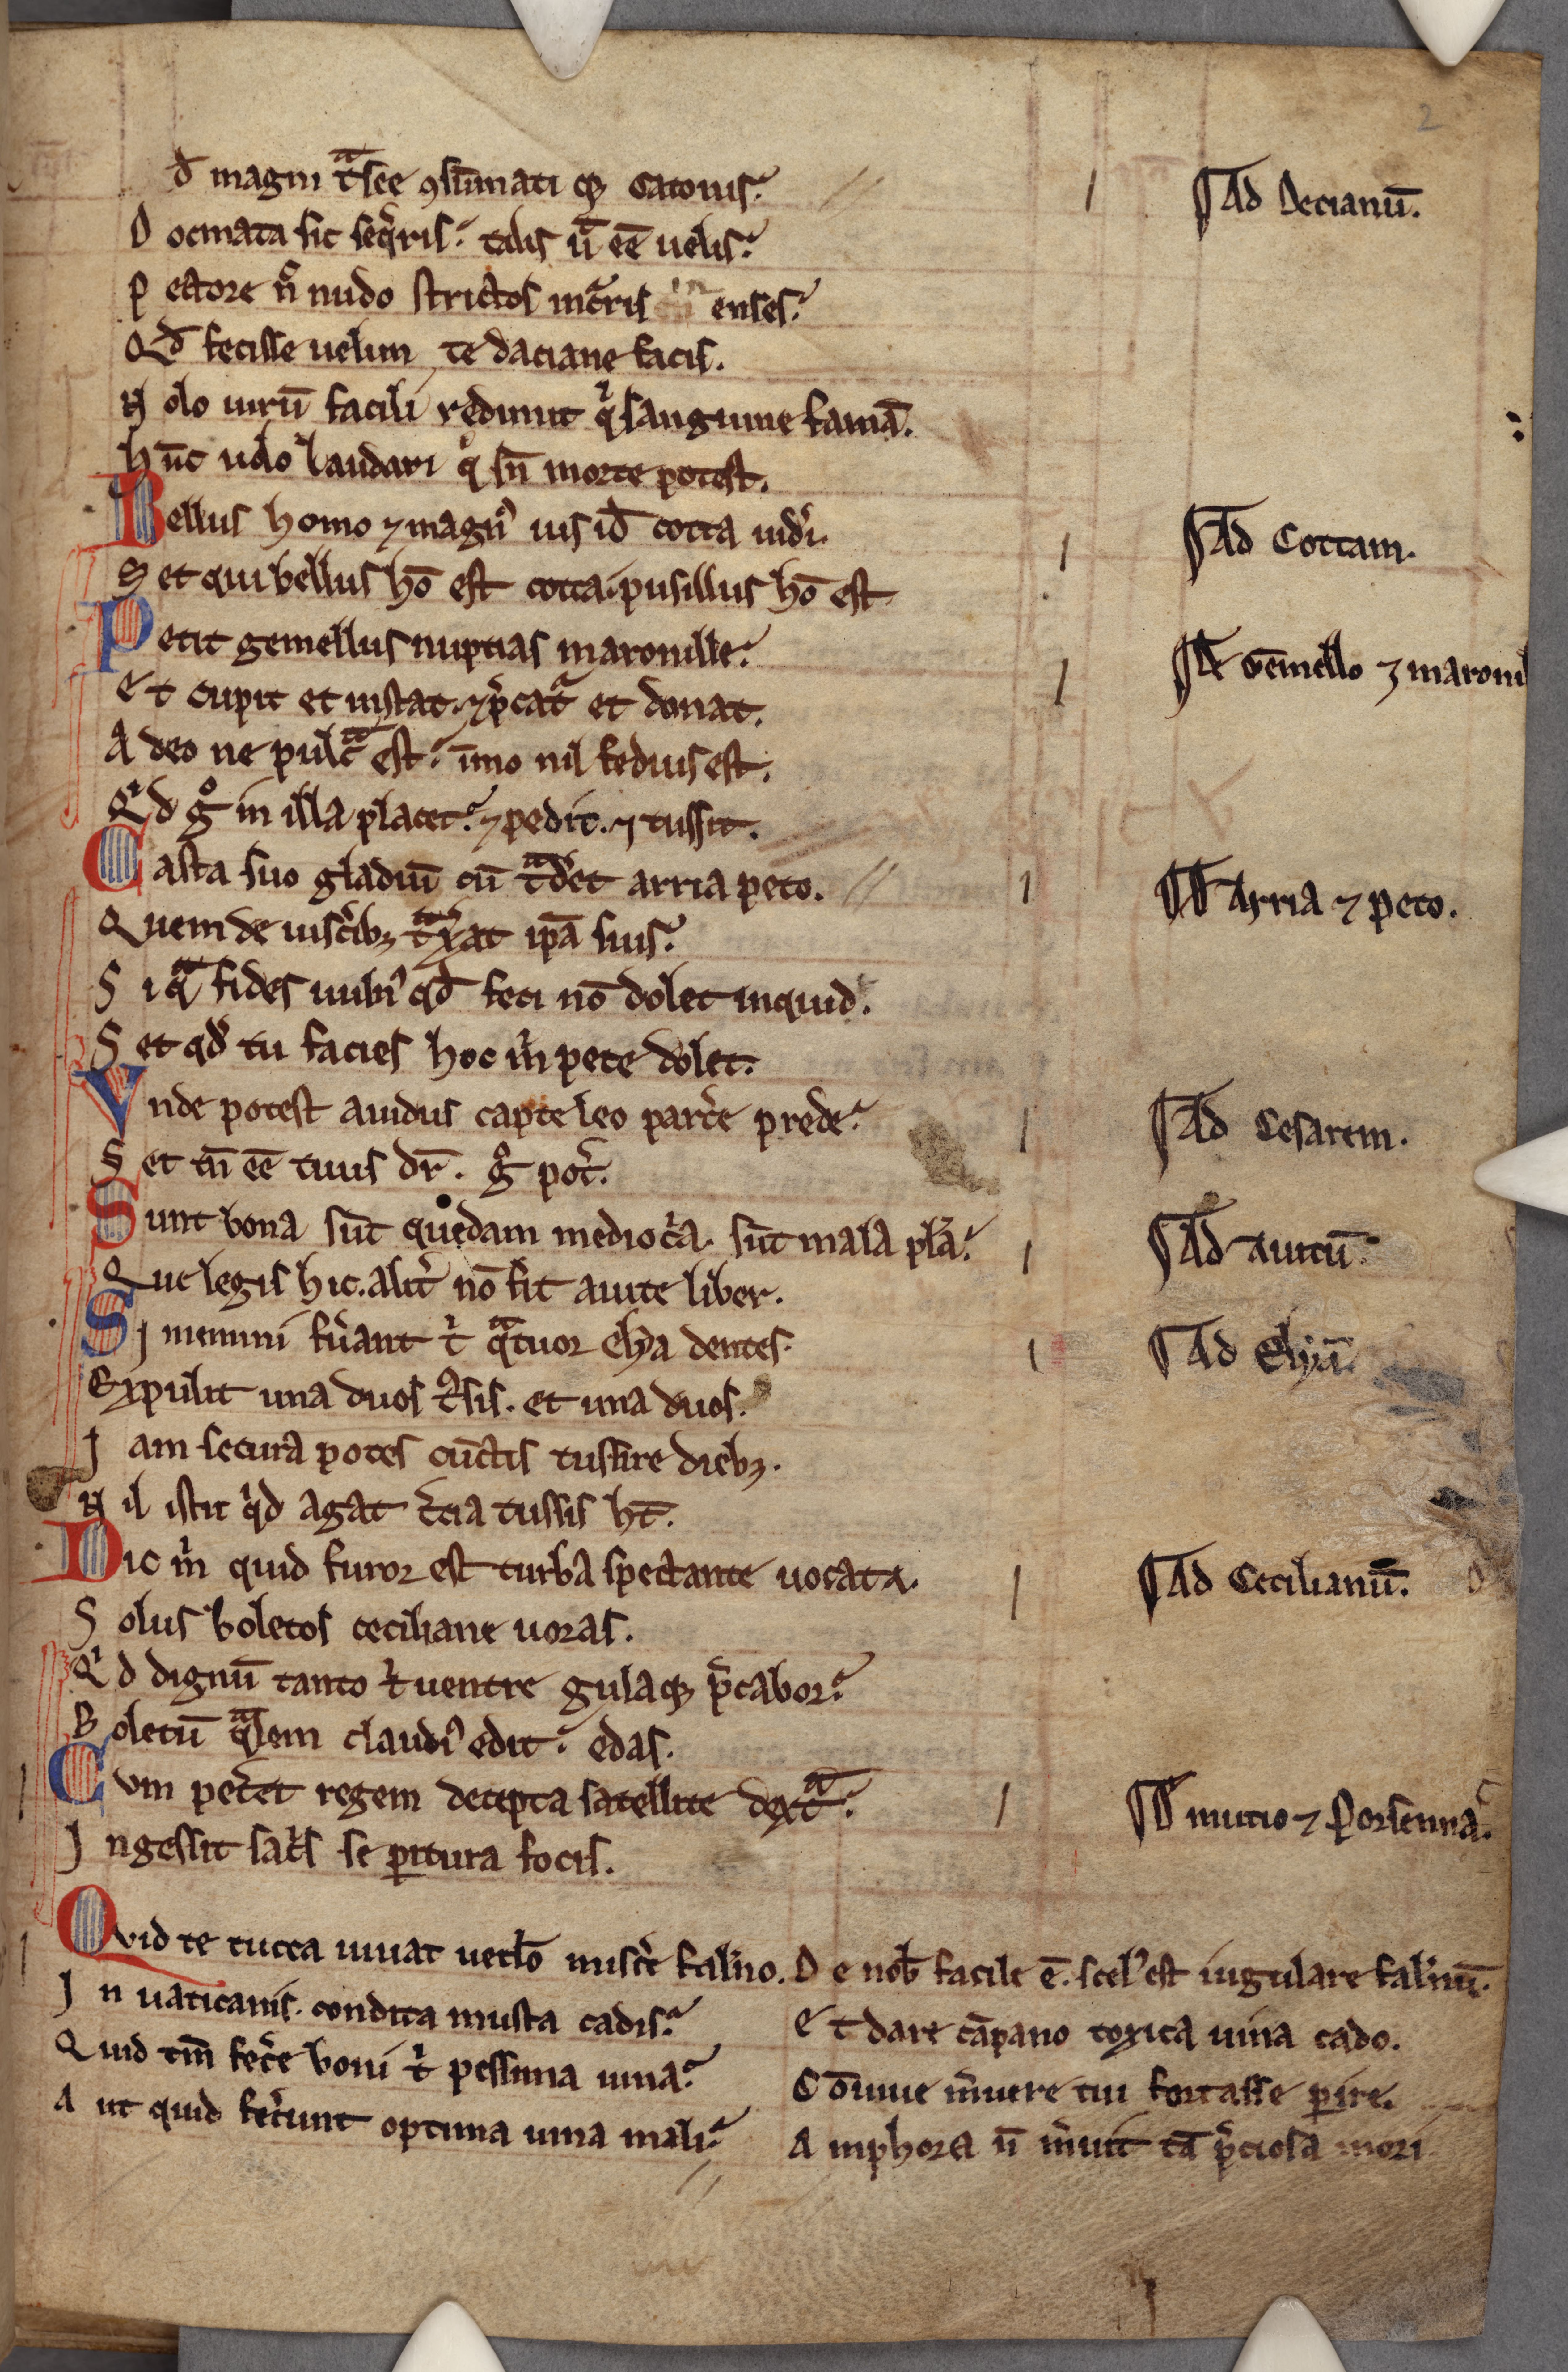
Shelfmark: Cambridge, Corpus Christi College, MS 236
Century: 13